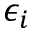
\epsilon _ { i }